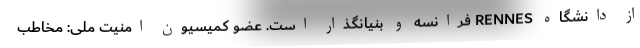
از دانشگاه RENNES فرانسه و بنیانگذار است. عضو کمیسیون امنیت ملی: مخاطب